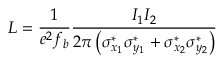
{ \cal L } = \frac { 1 } { e ^ { 2 } f _ { b } } \frac { I _ { 1 } I _ { 2 } } { 2 \pi \left( \sigma _ { x _ { 1 } } ^ { * } \sigma _ { y _ { 1 } } ^ { * } + \sigma _ { x _ { 2 } } ^ { * } \sigma _ { y _ { 2 } } ^ { * } \right) }